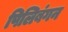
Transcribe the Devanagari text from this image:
पिलिबंगन